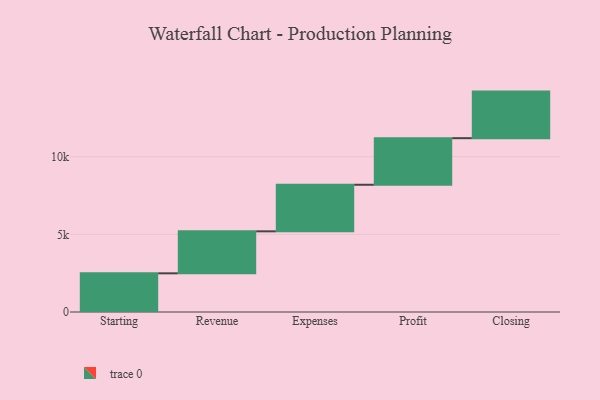
{"axis": {"x": "Step", "y": "Value"}, "legend": [""], "data": [{"x": "Starting", "y": 2491.0, "type": ""}, {"x": "Revenue", "y": 2704.0, "type": ""}, {"x": "Expenses", "y": 3000, "type": ""}, {"x": "Profit", "y": 3000, "type": ""}, {"x": "Closing", "y": 3000, "type": ""}]}